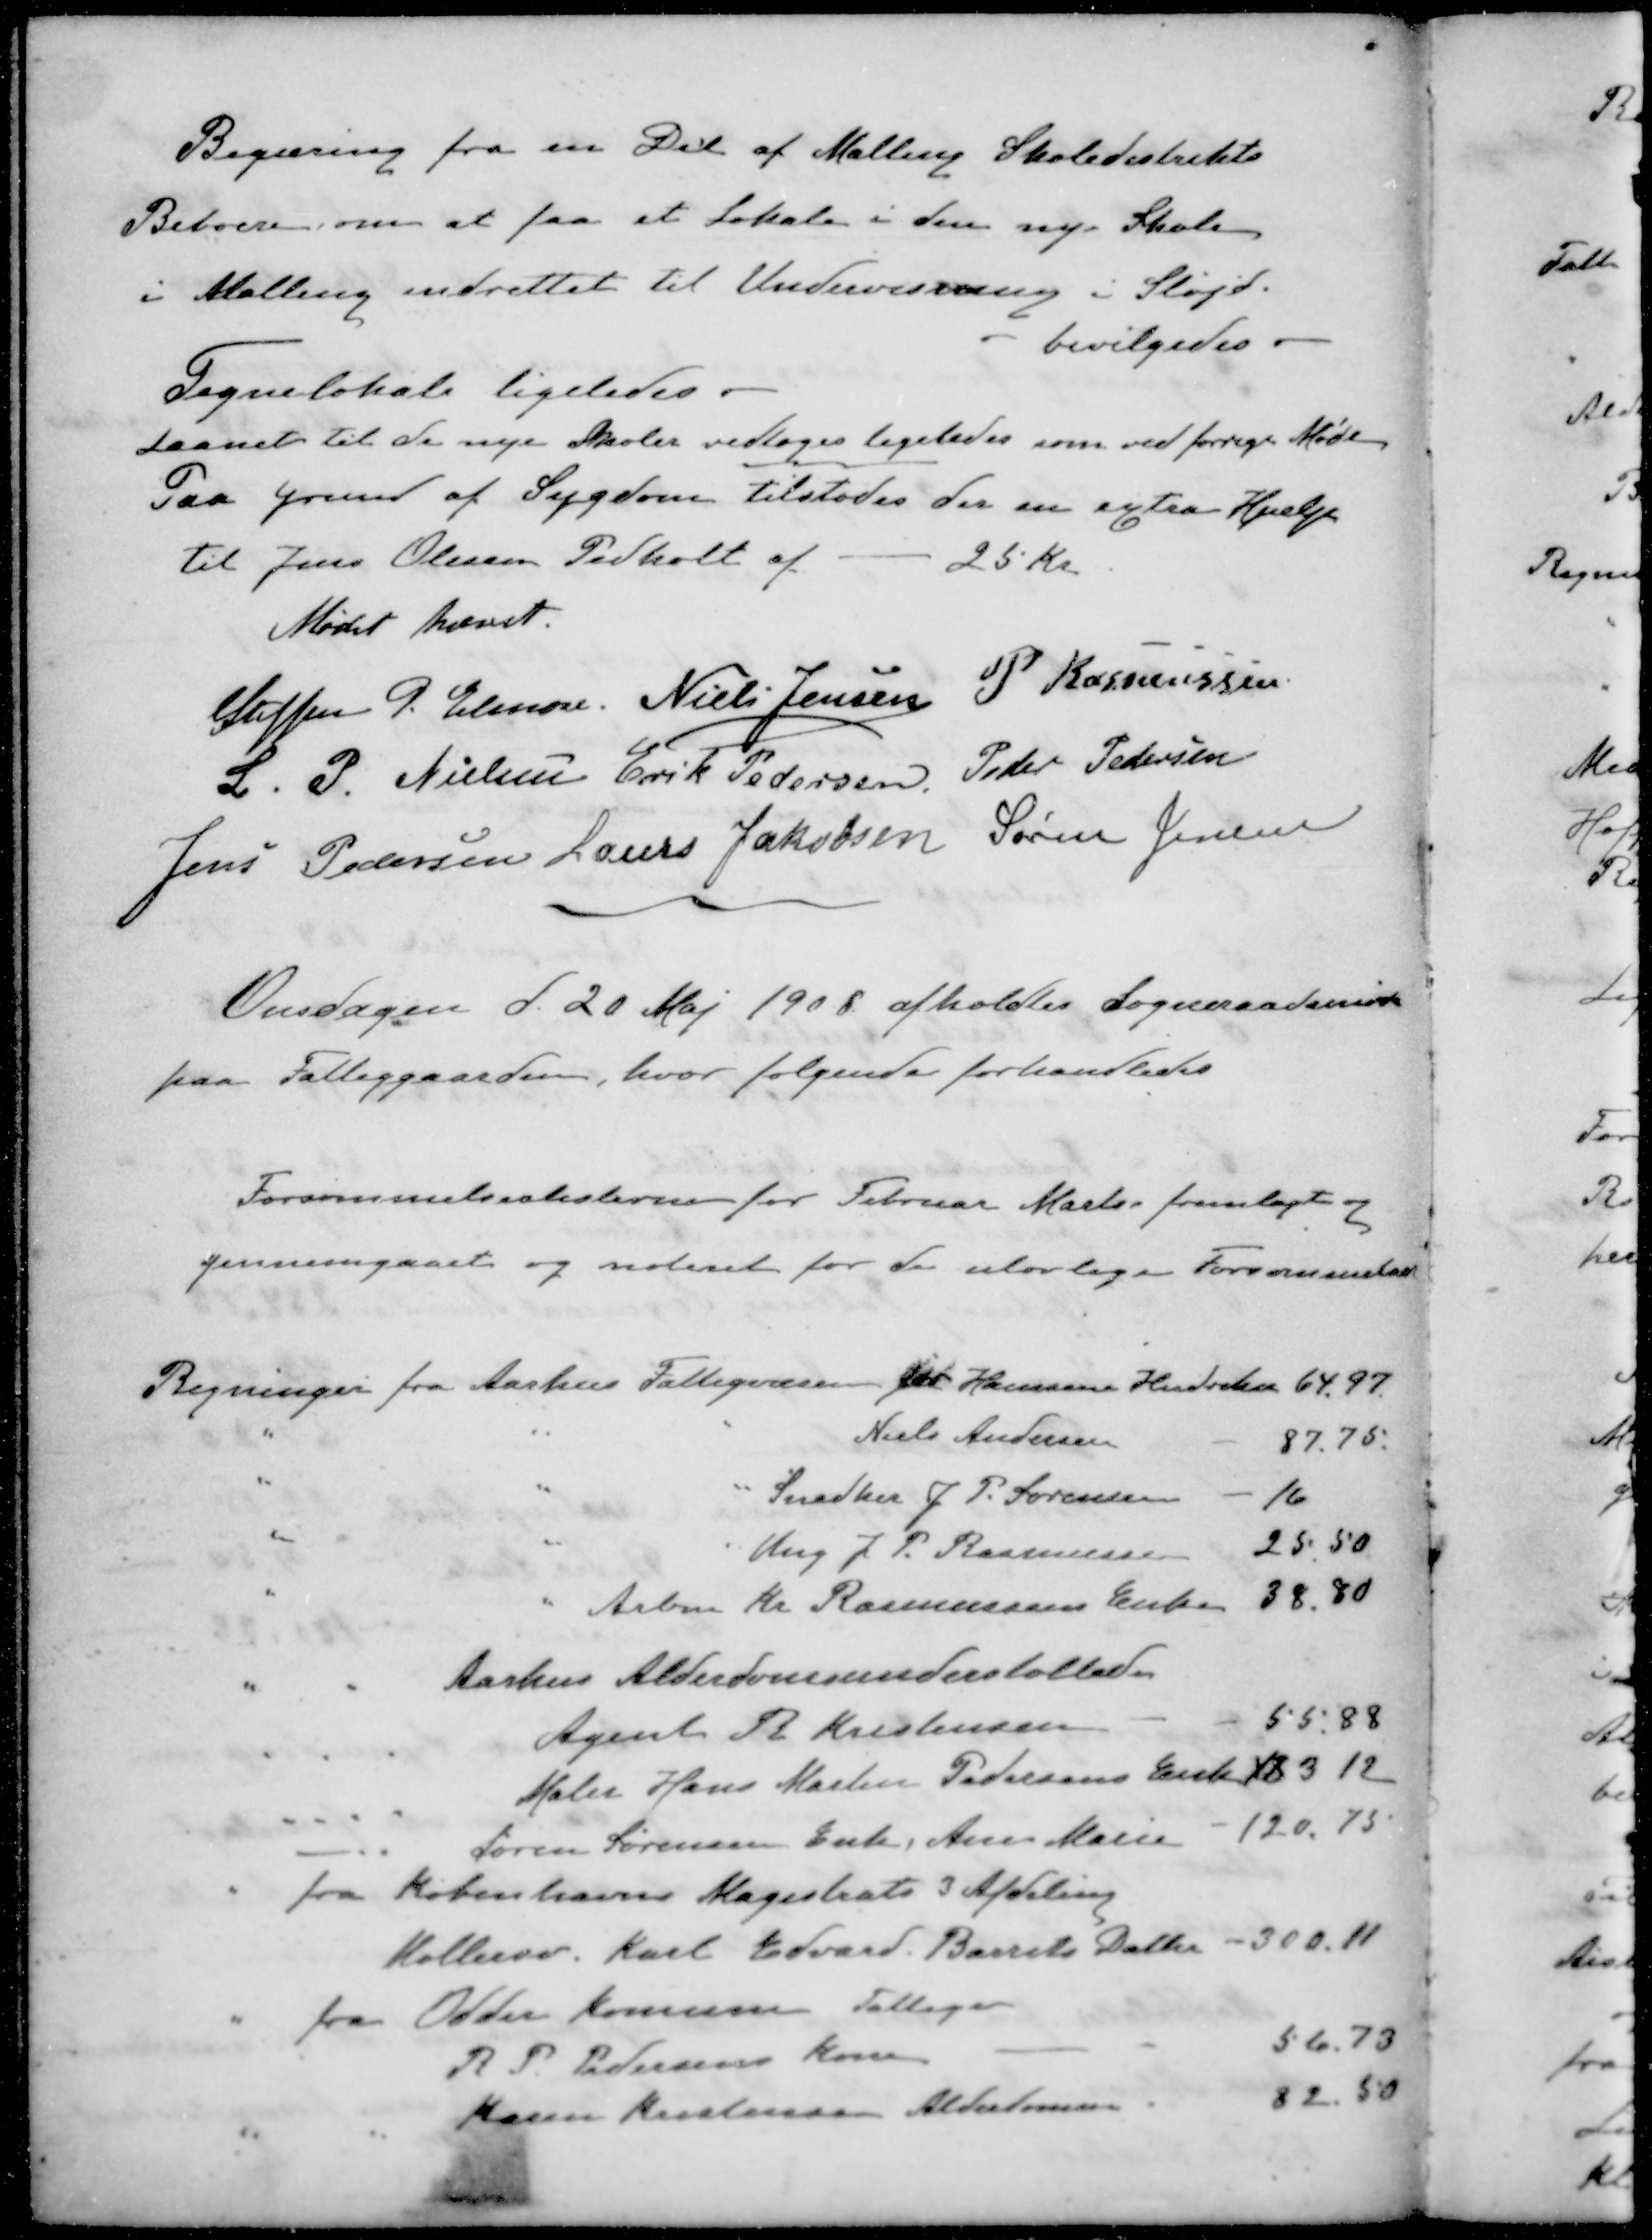
Transskription:
Begæring fra en Del af Malling Skoledistrikts
Beboere, om at faa et Lokale i den nye Skole
i Malling indrettet til Undervisning i Sløjd.
bevilgedes.
Tegnelokale ligeledes.
Laanet til de nye Skoler vedtoges ligeledes som ved forrige Møde
Paa Grund af Sygdom tilstodes der en extra Hjælp
til Jens Olesen Pedholt af
25 Kr.
Mødet hævet.
Steffen P. Elmose
Niels Jensen
P. Rasmussen
L. P. Nielsen
Erik Pedersen
Peder Pedersen
Jens Pedersen
Laurs Jakobsen
Søren Jensen
Onsdagen d. 20 Maj 1908 afholdtes Sogneraadsmøde
paa Fattiggaarden, hvor følgende forhandledes
Forsømmelseslisterne for Februar Marts fremlagt og
gennemgaaet og noteret for de ulovlige Forsømmelse
Regninger fra Aarhus Fattigvæsen for Hansine Hendriksen 64,97.
" " " Niels Andersen 87,75.
" " " Snedker J. P. Sørensen 16
" " " Ung J. P. Rasmussen 25,50
" " Arbm Kr. Rasmussens Enke 38,80
" " Aarhus Alderdomsunderstøttede
Agent R. Kristensen 55.88
Maler Hans Martin Pedersens Enke 183 12
Søren Sørensen Enke, Ane Marie - 120,75
" fra Københavns Magistrats 3 Afdeling
Møllersv. Karl Edvard. Barrits Datter - 300.11
" fra Odder Komune Fattigv
R P. Pedersens Kone 56.73
Karen Kristensen Alderdomsu 82.50